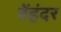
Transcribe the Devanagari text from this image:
बेंहंदर